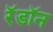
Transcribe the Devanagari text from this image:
रॅडॉन